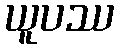
ယူပဿ